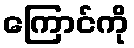
ကြောင်ကို